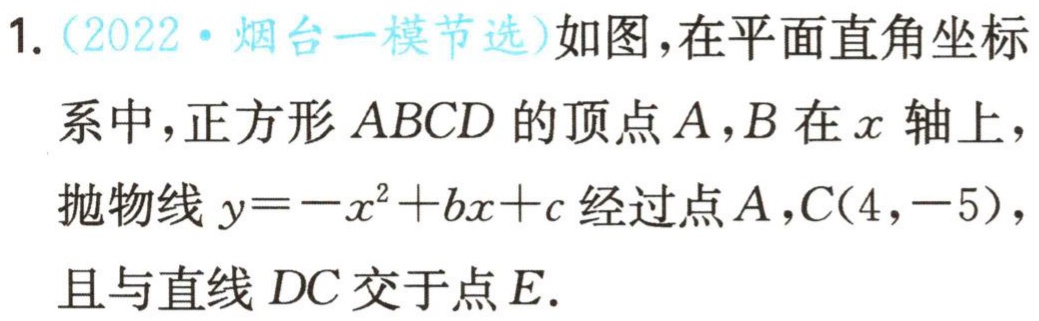
1. (2022·烟台一模节选)如图，在平面直角坐标系中，正方形 \(ABCD\) 的顶点 \(A,B\) 在 \(x\) 轴上，抛物线 \(y = -x^{2}+bx + c\) 经过点 \(A,C(4,-5)\)，且与直线 \(DC\) 交于点 \(E\).